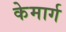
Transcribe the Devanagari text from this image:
केमार्ग